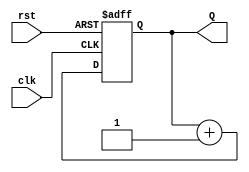
module binary_counter (
    input wire clk,       // Clock input
    input wire rst,       // Asynchronous active-high reset
    output reg [3:0] Q    // 4-bit output representing the current count value
);

    // State transition logic
    always @(posedge clk or posedge rst) begin
        if (rst) begin
            Q <= 4'b0000; // Reset state to 0000
        end else begin
            Q <= Q + 1;   // Increment the counter
        end
    end

endmodule